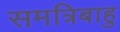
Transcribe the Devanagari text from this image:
समत्रिबाहु